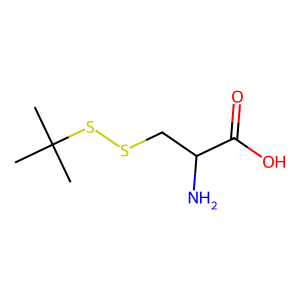
SMILES: CC(C)(C)SSCC(N)C(=O)O
Inhibits HIV replication: No